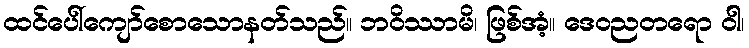
ထင်ပေါ်ကျော်စောသောနတ်သည်။ ဘဝိဿာမိ၊ ဖြစ်အံ့။ ဒေဝညတရော ဝါ၊